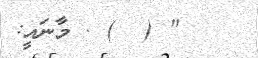
" (  ) . މާނައީ: